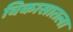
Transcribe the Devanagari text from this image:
विकासातला